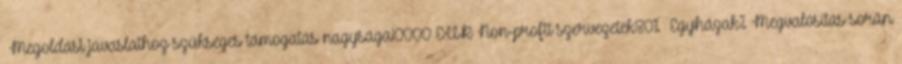
▪Megoldási javaslathoz szükséges támogatás nagysága10000 EUR▪Non-profit szervezetek80% ▪Egyházak%▪Megvalósítás során